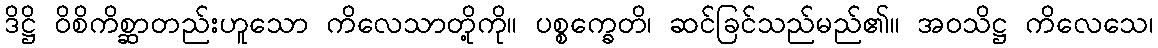
ဒိဋ္ဌိ ဝိစိကိစ္ဆာတည်းဟူသော ကိလေသာတို့ကို။ ပစ္စက္ခေတိ၊ ဆင်ခြင်သည်မည်၏။ အဝသိဋ္ဌ ကိလေသေ၊